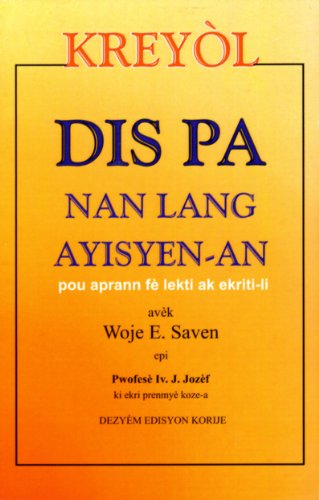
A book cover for Haitian Kreyol in Ten Steps: Dis Pa Nan Lang Ayisyen-An; Woje E. Saven; Travel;